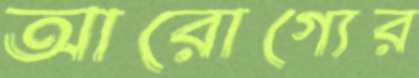
আরোগ্যের